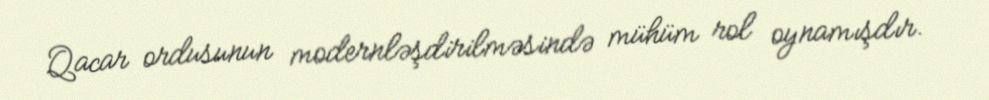
Qacar ordusunun modernləşdirilməsində mühüm rol oynamışdır.